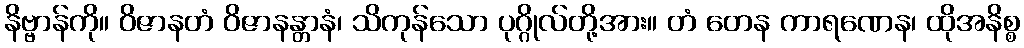
နိဗ္ဗာန်ကို။ ဝိဇာနတံ ဝိဇာနန္တာနံ၊ သိကုန်သော ပုဂ္ဂိုလ်တို့အား။ တံ တေန ကာရဏေန၊ ထိုအနိစ္စ